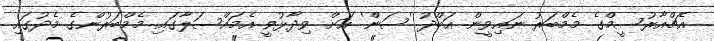
އެޗްއާރުސީމްގެ މެމްބަރު ނައިވީން އަބްދު 'ސަން' އަށް ވިދާޅުވީ އެމައްސަލާގައި މެމްބަރުންގެ މެދުގައި